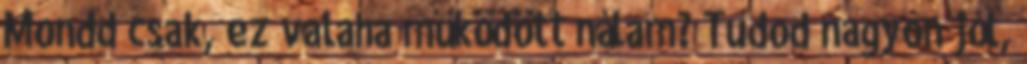
Mondd csak, ez valaha működött nálam? Tudod nagyon jól,